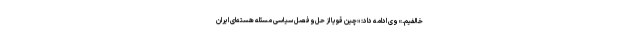
خالفیم.» وی ادامه داد: «چین قویاً از حل‌وفصل سیاسی مسئله هسته‌ای ایران